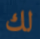
لك